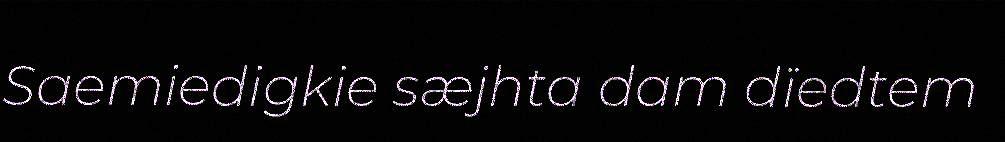
Saemiedigkie sæjhta dam dïedtem